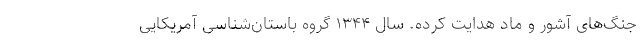
جنگ‌های آشور و ماد هدایت کرده. سال ۱۳۴۴ گروه باستان‌شناسی آمریکایی